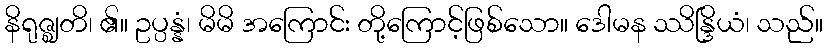
နိရုဇ္ဈတိ၊ ၏။ ဥပ္ပန္နံ၊ မိမိ အကြောင်း တို့ကြောင့်ဖြစ်သော။ ဒေါမန ဿိန္ဒြိယံ၊ သည်။